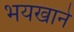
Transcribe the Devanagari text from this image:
भयखाने